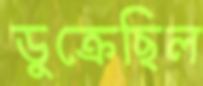
ডুক্‌রেছিল